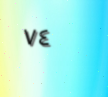
٧٤